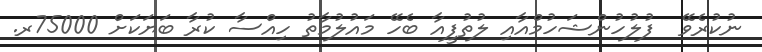
ނުކުރެވޭ  ފުލުހުންޝަހުމްއާއި ލުތުފީއާ ބެހޭ މައުލުމާތު ހިއްސާ ކުރާ ބަޔަކަށް 75000ރ.